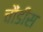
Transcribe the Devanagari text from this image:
चौंडीस